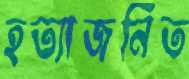
হত্যাজনিত